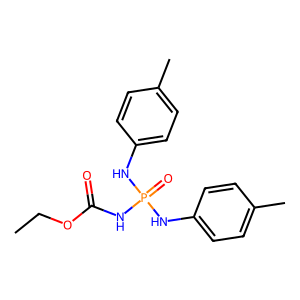
SMILES: CCOC(=O)NP(=O)(Nc1ccc(C)cc1)Nc1ccc(C)cc1
Inhibits HIV replication: No